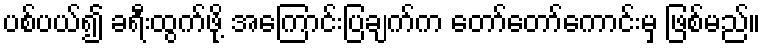
ပစ်ပယ်၍ ခရီးထွက်ဖို့ အကြောင်းပြချက်က တော်တော်ကောင်းမှ ဖြစ်မည်။